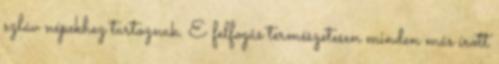
szláv népekhez tartoznak. E felfogás természetesen minden más írott